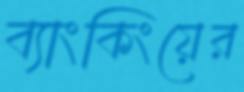
ব্যাংকিংয়ের